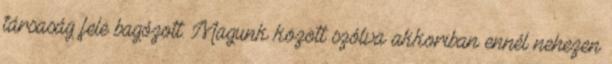
társaság fele bagózott. Magunk között szólva akkoriban ennél nehezen